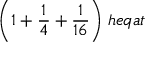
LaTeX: { \bigg ( } 1 + { \frac { 1 } { 4 } } + { \frac { 1 } { 1 6 } } { \bigg ) } \; h e q a t